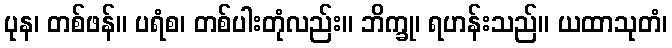
ပုန၊ တစ်ဖန်။ ပရံစ၊ တစ်ပါးတုံလည်း။ ဘိက္ခု၊ ရဟန်းသည်။ ယထာသုတံ၊